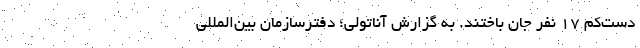
دست‌کم 17 نفر جان باختند. به گزارش آناتولی؛ دفترسازمان بین‌المللی